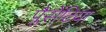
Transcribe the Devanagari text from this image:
प्लैसेंटिया